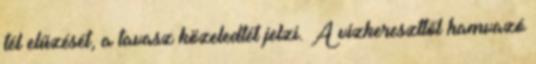
tél elűzését, a tavasz közeledtét jelzi. A vízkereszttől hamvazó